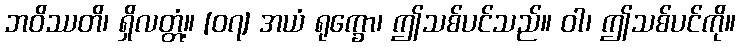
ဘဝိဿတိ၊ ရှိလတ္တံ့။ [၀၇] အယံ ရုက္ခော၊ ဤသစ်ပင်သည်။ ဝါ၊ ဤသစ်ပင်ကို။